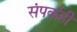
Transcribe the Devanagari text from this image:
संपर्कही